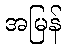
အမြန်